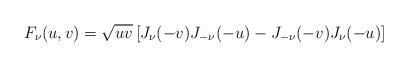
LaTeX: \begin{align*}F_{\nu}(u,v) = \sqrt{uv} \left[ J_{\nu}(-v) J_{-\nu}(-u) - J_{-\nu}(-v) J_{\nu}(-u) \right]\end{align*}